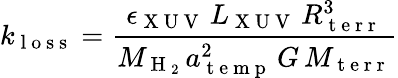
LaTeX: k_{\mathrm{~l~o~s~s~}}=\frac{\epsilon_{\mathrm{~X~U~V~}}\, L_{\mathrm{~X~U~V~}}\, R_{\mathrm{~t~e~r~r~}}^{3}}{M_{\mathrm{~H~}_{2}}\, a_{\mathrm{~t~e~m~p~}}^{2}\, G\, M_{\mathrm{~t~e~r~r~}}}